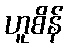
ဟူစိန်